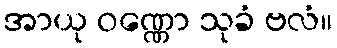
အာယု ဝဏ္ဏော သုခံ ဗလံ။